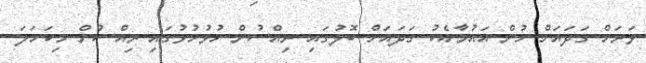
ވަރަށް ގަދައަށް ހުން އައުމާއެކު ގަދައަށް ބޮލުގައި ރިއްސުން ހުޅުހުޅުގައި ރިއްސުން މިކަހަލަ